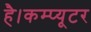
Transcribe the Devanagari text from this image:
है।कम्‍प्‍यूटर